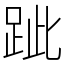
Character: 跐